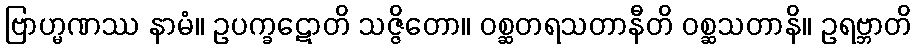
ဗြာဟ္မဏဿ နာမံ။ ဥပက္ခဋောတိ သဇ္ဇိတော။ ဝစ္ဆတရသတာနီတိ ဝစ္ဆသတာနိ။ ဥရဗ္ဘာတိ